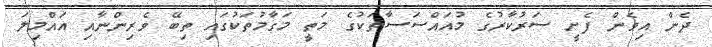
ދެން އިވެން ފެށީ ސަރުކާރުގެ މުއައްސަސާތަކުގެ މަތީ މަގާމުތަކުގައި ތިބޭ ވެރިންނާއި އައްމިލަ